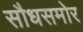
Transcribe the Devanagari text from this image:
सौधसमोर